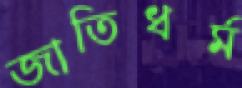
জাতিধর্ম